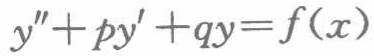
\(y'' + py' + qy = f(x)\)